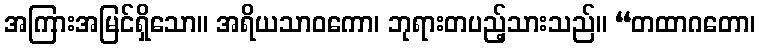
အကြားအမြင်ရှိသော။ အရိယသာဝကော၊ ဘုရားတပည့်သားသည်။ “တထာဂတော၊